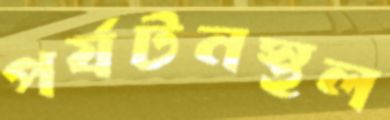
পর্যটনস্থল